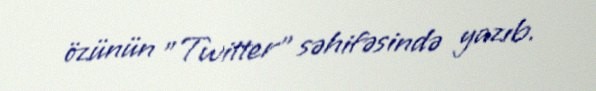
özünün "Twitter" səhifəsində yazıb.